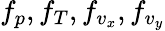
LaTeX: f_{p},f_{T},f_{v_{x}},f_{v_{y}}